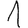
Digit: 1